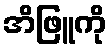
အိဖြူကို